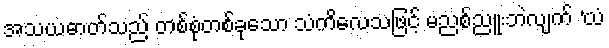
အသယဓာတ်သည် တစ်စုံတစ်ခုသော သံကိလေသဖြင့် မညစ်ညူးဘဲလျက် ‘ယံ